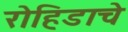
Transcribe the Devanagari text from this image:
रोहिडाचे